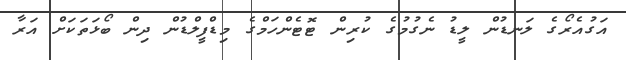
އަގުއެރޯގެ ލަނޑުން ލީޑު ނެގުމުގެ ކުރިން ޓޮޓެންހަމްގެ މިޑްފީލްޑުން ދިން ބޯޅަތަކަށް އަރާ